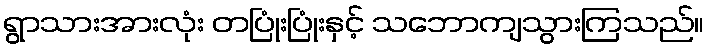
ရွာသားအားလုံး တပြုံးပြုံးနှင့် သဘောကျသွားကြသည်။